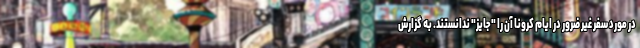
در مورد سفر غیر ضرور در ایام کرونا آن را "جایز" ندانستند. به گزارش